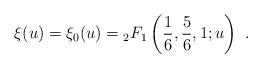
LaTeX: \begin{align*}\xi(u)= {\xi }_0(u)= \null_2 F_1\left(\frac{1}{6},\frac{5}{6},1 ;u\right) \ .\end{align*}